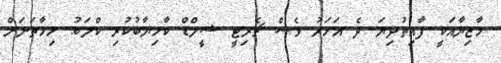
މާޒިޔާއަކީ ފާއިތުދިޔަ ދެ އަހަރު ވެސް ޗެރިޓީ ޝީލްޑް ކާމިޔާބުކުރި ކްލަބު. މިހާތަނަށް